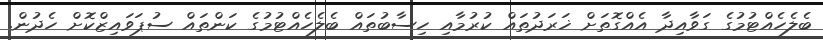
ބެލެހެއްޓުމުގެ ގަވާއިދާ އެއްގޮތަށް ޚަރަދުތައް ކުރުމާއި ހިސާބުތައް ބެލެހެއްޓުމުގެ ކަންތައް ސުޕަވައިޒްކޮށް ހެދުން.